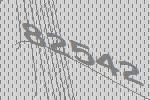
82542